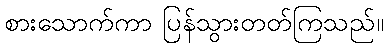
စားသောက်ကာ ပြန်သွားတတ်ကြသည်။